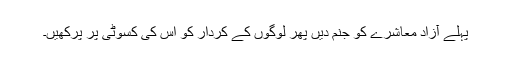
پہلے آزاد معاشرے کو جنم دیں پھر لوگوں کے کردار کو اس کی کسوٹی پر پرکھیں۔